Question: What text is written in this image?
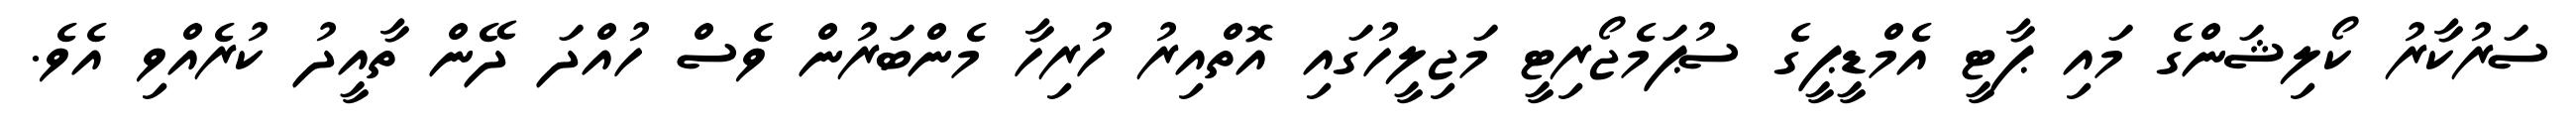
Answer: ސަރުކާރު ކޯލިޝަންގެ މައި ޕާޓީ އެމްޑީޕީގެ ސުޕަމެޖޯރިޓީ މަޖިލީހުގައި އޮތްއިރު ހުރިހާ މެންބަރުން ވެސް ހުއްދަ ދޭން ތާއީދު ކުރެއްވި އެވެ.